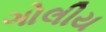
ગોલીય